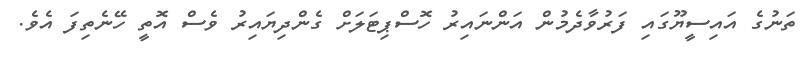
ތަނުގެ އައިސީޔޫގައި ފަރުވާދެމުން އަންނައިރު ހޮސްޕިޓަލަށް ގެންދިޔައިރު ވެސް އޮތީ ހޭނެތިފަ އެވެ.